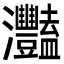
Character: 灩